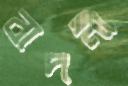
বাদনী